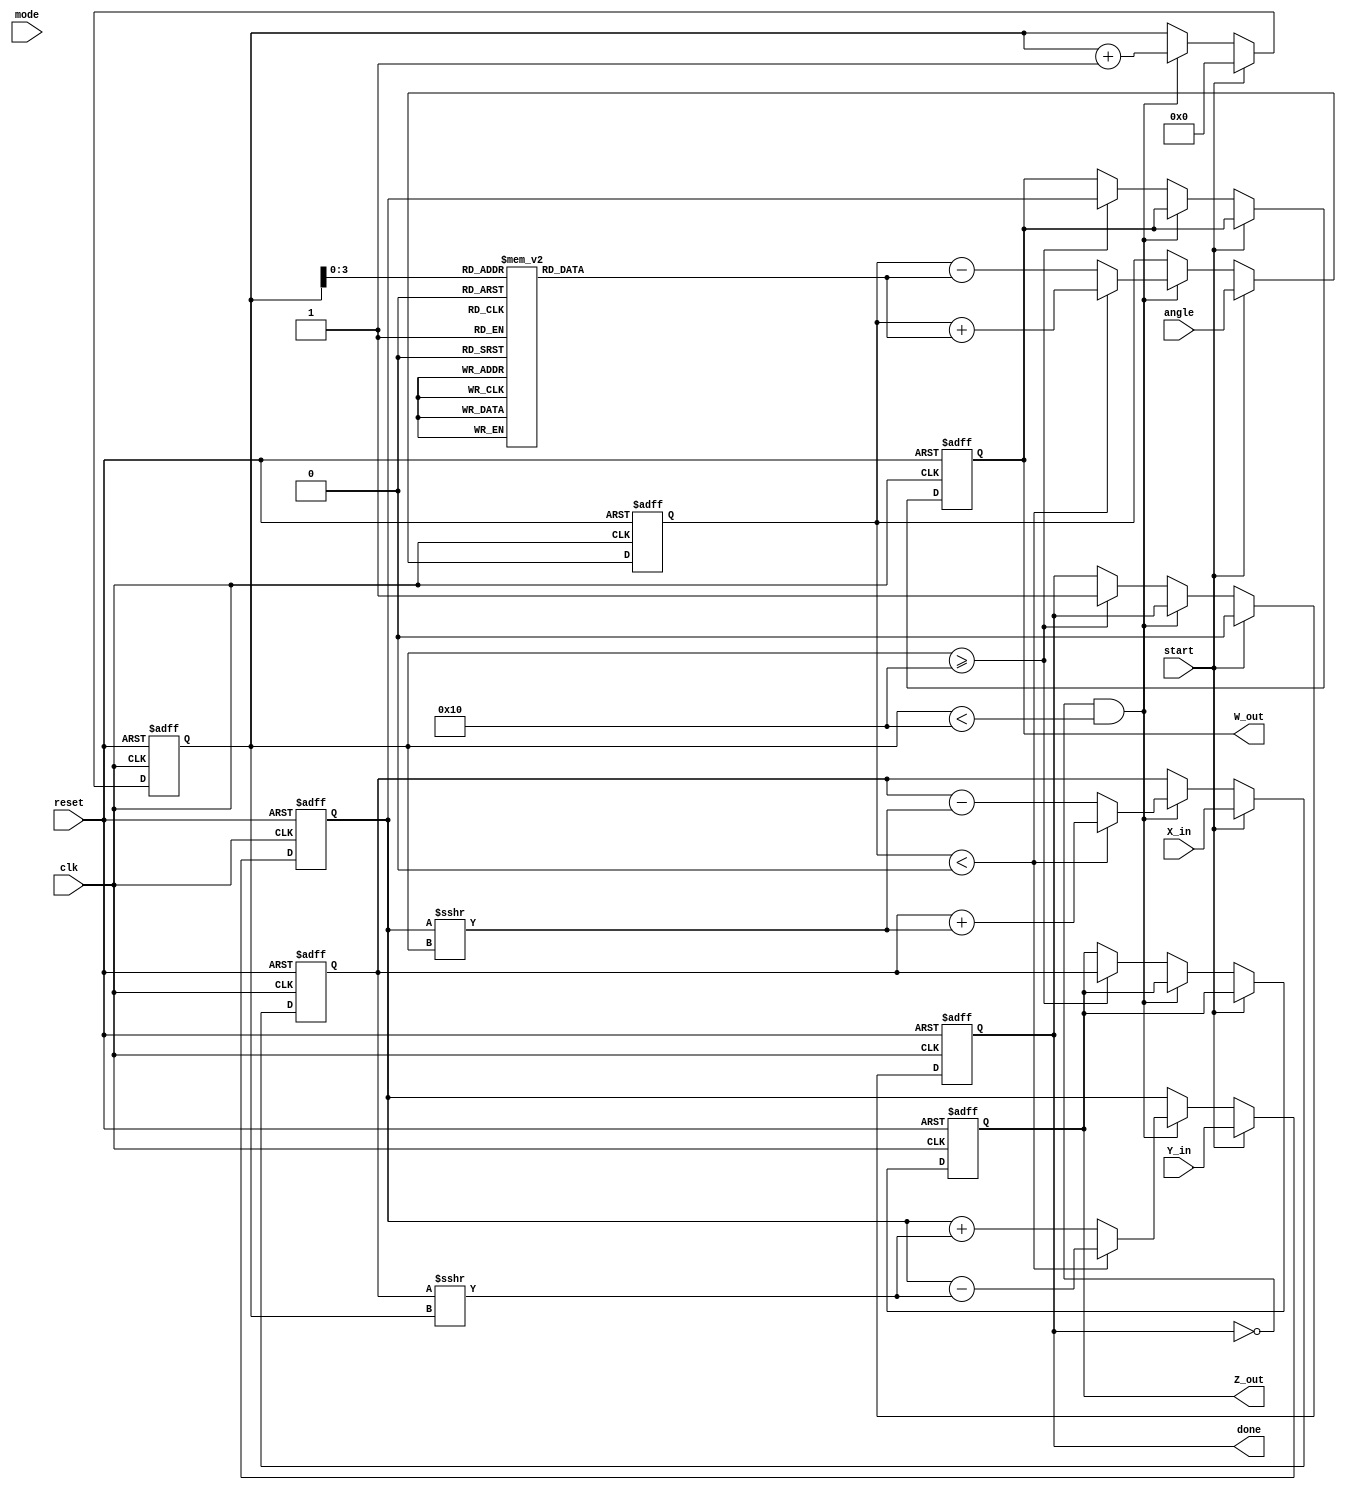
module complex_cordic (
    input clk,
    input reset,
    input start,
    input [15:0] X_in, // Real part of the input
    input [15:0] Y_in, // Imaginary part of the input
    input [15:0] angle, // Angle in fixed-point representation
    input [4:0] mode, // 0: Rotation, 1: Vectoring
    output reg [15:0] Z_out, // Real part of the output
    output reg [15:0] W_out, // Imaginary part of the output
    output reg done // Operation complete flag
);

// CORDIC constants
parameter NUM_ITERATIONS = 16;
reg [15:0] atan_table [0:NUM_ITERATIONS-1]; // Angle lookup table
initial begin
    // Initialize the arctangent values in fixed point
    atan_table[0] = 16'b0000000000000000; // atan(2^0)
    atan_table[1] = 16'b0000000101101011; // atan(2^-1)
    atan_table[2] = 16'b0000000010010000; // atan(2^-2)
    atan_table[3] = 16'b0000000001000000; // atan(2^-3)
    atan_table[4] = 16'b0000000000100001; // atan(2^-4)
    atan_table[5] = 16'b0000000000010000; // atan(2^-5)
    // ... and so on for additional values ...
    atan_table[15] = 16'b0000000000000001; // atan(2^-15)
end

// Internal registers
reg [15:0] x, y, z;
reg [5:0] k; // Iteration counter
reg [15:0] current_angle;
reg done_reg;

// State machine / Process control
always @(posedge clk or posedge reset) begin
    if (reset) begin
        x <= 0;
        y <= 0;
        z <= 0;
        k <= 0;
        done_reg <= 0;
        Z_out <= 0;
        W_out <= 0;
    end else if (start) begin
        // Initialize inputs
        x <= X_in;
        y <= Y_in;
        z <= angle;
        k <= 0;
        done_reg <= 0;
    end else if (!done_reg && k < NUM_ITERATIONS) begin
        // CORDIC iteration
        if (z < 0) begin
            // Rotate in the + direction
            x <= x + (y >>> k);
            y <= y - (x >>> k);
            z <= z + atan_table[k];
        end else begin
            // Rotate in the - direction
            x <= x - (y >>> k);
            y <= y + (x >>> k);
            z <= z - atan_table[k];
        end
        k <= k + 1;
    end else if (k >= NUM_ITERATIONS) begin
        // Done with iterations
        Z_out <= x;
        W_out <= y;
        done_reg <= 1;
    end
end

assign done = done_reg;

endmodule